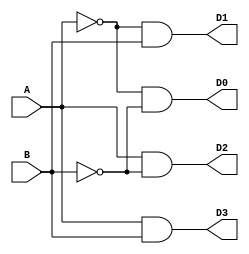
`timescale 1ns / 1ps

module decoder (A, B, D0, D1, D2, D3);
    input A, B;
    output D0, D1, D2, D3;

    assign D0 = (~A)&(~B);
    assign D1 = (~A)&B;
    assign D2 = A&(~B);
    assign D3 = A&B;
    
endmodule